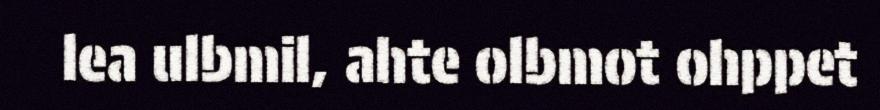
lea ulbmil, ahte olbmot ohppet